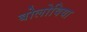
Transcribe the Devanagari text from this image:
बोलोविया